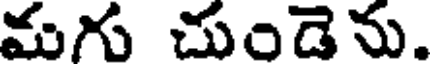
మగు చుండెను.